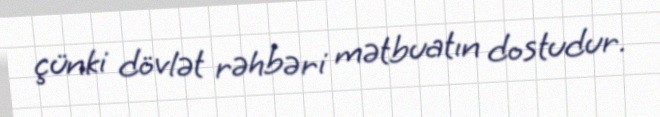
çünki dövlət rəhbəri mətbuatın dostudur.